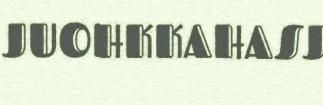
JUOHKKAHASJ